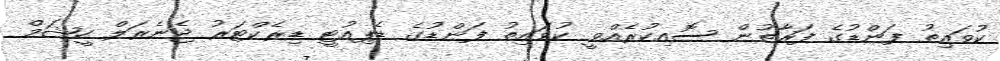
ކުވައިތު ފަންޑުގެ ފަރާތުން ސޮއިކުރެއްވީ ކުވައިތު ފަންޑުގެ ޑެޕިއުޓީ ޑިރެކްޓަރު ޖެނެރަލް ހީޝަމް